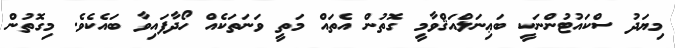
މިޔަދު ސްކައުޓުންނަކީ ބަޢިނަލްއަޤްވާމީ ގޮތުން އެތައް މަތީ ވަނަތަކެއް ހޯދާފައިވާ ބައެކެވެ. މިގޮތުން